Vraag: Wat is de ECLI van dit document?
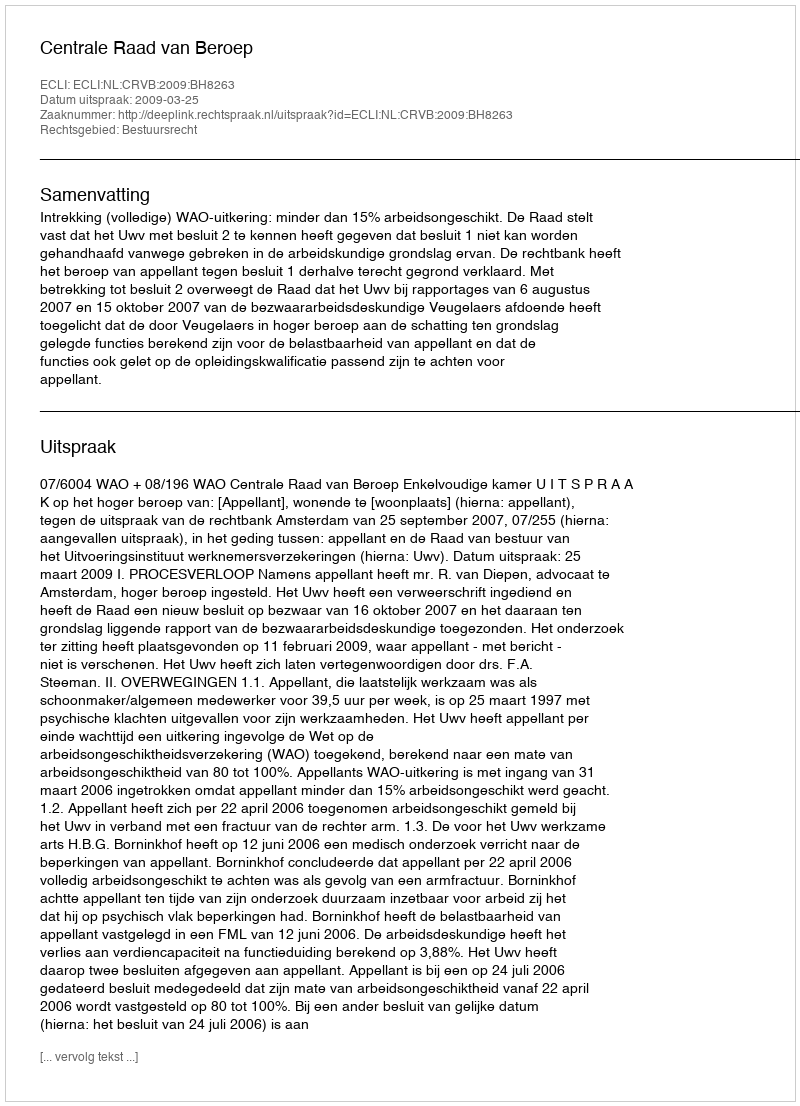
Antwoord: ECLI:NL:CRVB:2009:BH8263